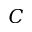
C